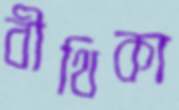
বীথিকা